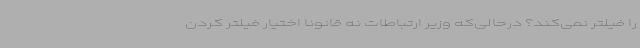
را فیلتر نمی‌کند؟ درحالی‌که وزیر ارتباطات نه قانونا اختیار فیلتر کردن